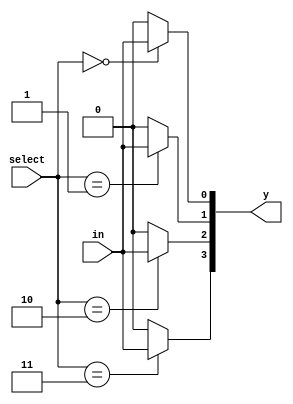
module demux_1_to_m(select, in, y);
parameter m=4;
parameter k=2;
input [k-1:0]select;
input in;
output reg[m-1:0]y;
integer i;

always @(*)
    for(i=0;i<m;i=i+1) begin
    if(select==i)
        y[i]=in;
     else
        y[i] = 1'b0;
     end
endmodule